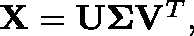
\begin{array} { r } { \mathbf { X } = \mathbf { U } \mathbf { \Sigma } \mathbf { V } ^ { T } , } \end{array}